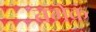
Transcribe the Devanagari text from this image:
तमेकं